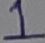
Text: 1